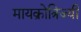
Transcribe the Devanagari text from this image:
मायक्रोत्रिज्यी